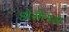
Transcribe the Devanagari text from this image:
डोरीलस